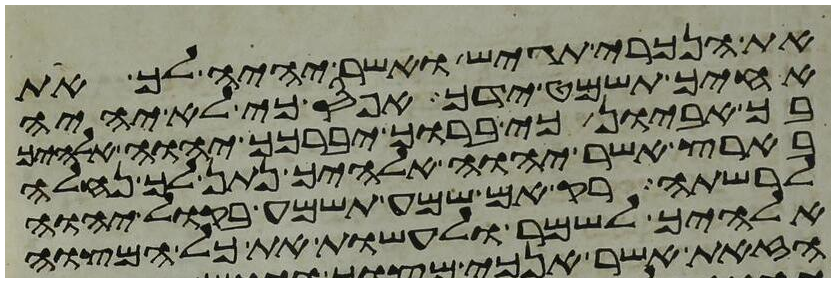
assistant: את הנכרי תגש ואשר יהיה לך את
אחיך תשמט ידך אפס כי לא יהיה
בך אביון כי ברוך יברכך יהוה אלהיך
בארץ אשר יהוה אלהיך נתן לך נחלה
לרשתה רק אם שמע תשמע בקול יהוה
אלהיך לשמר לעשות את כל המצוה